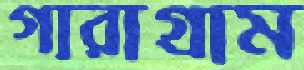
গারাগ্রাম